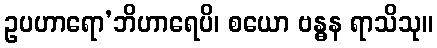
ဥပဟာရော’ဘိဟာရေပိ၊ စယော ဗန္ဓန ရာသိသု။